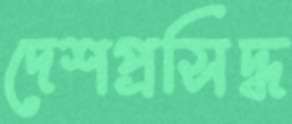
দেশপ্রসিদ্ধ